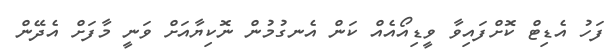
ފަހު އެޑިޓް ކޮށްފައިވާ ވީޑިއޯއެއް ކަން އެނގުމުން ނޮކިޔާއަށް ވަނީ މާފަށް އެދޭން